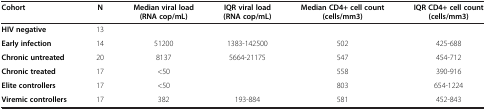
<table><thead><tr><td><b>Cohort</b></td><td><b>N</b></td><td><b>Median viral load (RNA cop/mL)</b></td><td><b>IQR viral load (RNA cop/mL)</b></td><td><b>Median CD4+ cell count (cells/mm3)</b></td><td><b>IQR CD4+ cell count (cells/mm3)</b></td></tr></thead><tbody><tr><td><b>HIV negative</b></td><td>13</td><td> </td><td> </td><td> </td><td> </td></tr><tr><td><b>Early infection</b></td><td>14</td><td>51200</td><td>1383-142500</td><td>502</td><td>425-688</td></tr><tr><td><b>Chronic untreated</b></td><td>20</td><td>8137</td><td>5664-21175</td><td>547</td><td>454-712</td></tr><tr><td><b>Chronic treated</b></td><td>17</td><td>&lt;50</td><td> </td><td>558</td><td>390-916</td></tr><tr><td><b>Elite controllers</b></td><td>17</td><td>&lt;50</td><td> </td><td>803</td><td>654-1224</td></tr><tr><td><b>Viremic controllers</b></td><td>17</td><td>382</td><td>193-884</td><td>581</td><td>452-843</td></tr></tbody></table>